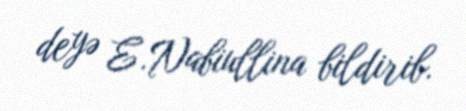
deyə E.Nabiullina bildirib.